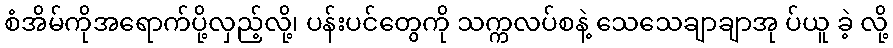
စံအိမ်ကိုအရောက်ပို့လှည့်လို့၊ ပန်းပင်တွေကို သက္ကလပ်စနဲ့ သေသေချာချာအု ပ်ယူ ခဲ့ လို့